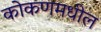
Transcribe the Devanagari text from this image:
कोकणमधील